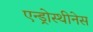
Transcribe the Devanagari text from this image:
एन्ड्रोस्थीनेस